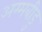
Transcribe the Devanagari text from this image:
अम्मबीडु